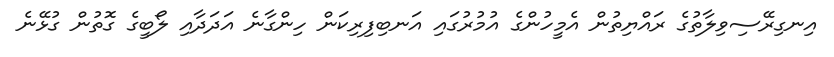
އިނގިރޭސިވިލާތުގެ ރައްޔިތުން އެމީހުންގެ އުމުރުގައި އަނބިފިރިކަން ހިންގާނެ އަދަދާއި ލޯބީގެ ގޮތުން ގުޅޭނެ